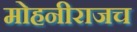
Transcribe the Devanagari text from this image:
मोहनीराजच